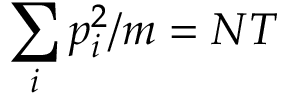
\sum _ { i } p _ { i } ^ { 2 } / m = N T